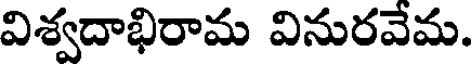
విశ్వదాభిరామ వినురవేమ.